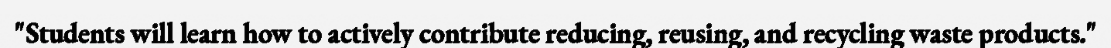
"Students will learn how to actively contribute reducing, reusing, and recycling waste products."